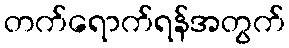
တက်ရောက်ရန်အတွက်